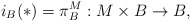
\begin{align*}i_B (*) = \pi_B^{M}:M\times B\rightarrow B,\end{align*}